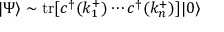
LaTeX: | \Psi \rangle \sim \mathrm { t r } [ c ^ { \dagger } ( k _ { 1 } ^ { + } ) \cdots c ^ { \dagger } ( k _ { n } ^ { + } ) ] | 0 \rangle